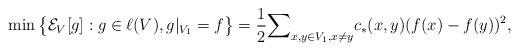
LaTeX: \begin{align*} \min \big \{\mathcal E_V[g]: g \in \ell(V), g |_{V_1}=f \big \} = \frac 12 {\sum}_{x,y \in V_1, x \neq y} c_\ast(x,y)(f(x)-f(y))^2,\end{align*}